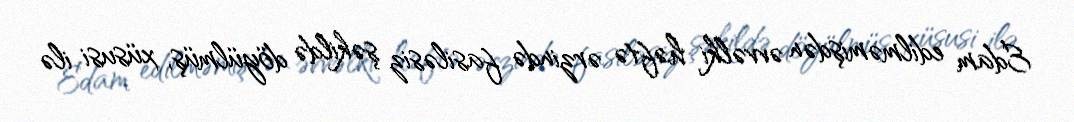
Edam edilməmişdən əvvəlki həftə ərzində fasiləsiz şəkildə döyülmüş, xüsusi ilə